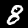
Digit: 8